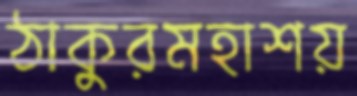
ঠাকুরমহাশয়